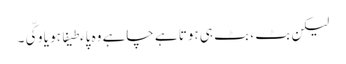
لیکن بٹ ، بٹ ہی ہوتا ہے چاہے وہ پاءطیفا ہو یا وکّی۔